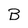
Character: B